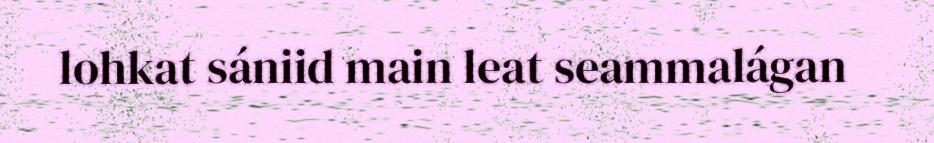
lohkat sániid main leat seammalágan